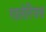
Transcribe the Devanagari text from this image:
गालेरियस